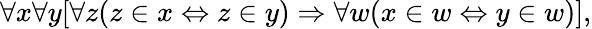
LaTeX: \forall x\forall y[\forall z(z\in x\Leftrightarrow z\in y)\Rightarrow\forall w(x\in w\Leftrightarrow y\in w)],